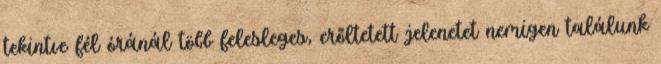
tekintve fél óránál több felesleges, erőltetett jelenetet nemigen találunk